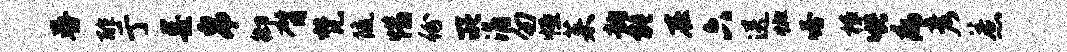
舂酢亍墨帛御臂梵随惜份所涌勿恒茱韵能在六送恤嗒樟哄病彦惹